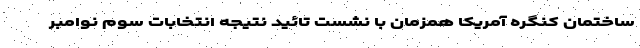
ساختمان کنگره آمریکا همزمان با نشست تائید نتیجه انتخابات سوم نوامبر